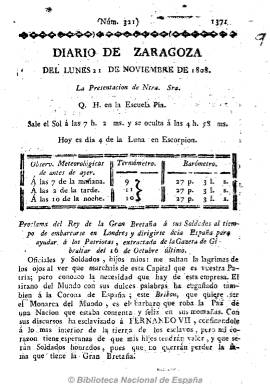
Título: Diario de Zaragoza
Otros títulos: Diario constitucional de Zaragoza
Colección: Periódicos anteriores a 1850
Ámbito geográfico: Zaragoza
Lugar de publicación: Zaragoza
Fechas: 21/11/1808-21/11/1808

La BNE dispone de un único número, correspondiente al 21 de noviembre de 1808, de este diario que comenzó a publicarse el 22 de enero de 1797, y que tras algunos periodos en los que no pudo ser editado, llegó hasta 31 de julio de 1909.

Este ejemplar, de carácter patriótico y estampado en la imprenta de Alcrudo, es de dos hojas y paginación continuada, por lo que permitía su encuadernación en tomos semestrales. Tras informar bajo la cabecera del santoral y la información meteorológica, como era habitual en los diarios de la época, contiene la “Proclama del Rey de Gan Bretaña a sus soldados al tiempo de embarcarse en Londres y dirigirse ácia España… extractada de la Gazeta de Gibraltar del 16 de Octubre último”. Incluye también noticias particulares y avisos de Zaragoza, notas agrícolas, anuncios, etc.

Durante la Guerra de Independencia, Diario de Zaragoza es dirigido y redactado por el jurisconsulto y periodista Joaquín Ecriche y Martín (1784-1847), que a la sazón era secretario de la Junta de Armamento y Defensa de Aragón, y quien posteriormente será uno de tantos exiliados políticos españoles.

El levantamiento popular contra las tropas napoleónicas se había producido en la capital aragonesa el 24 de mayo de 1808 y el Diario… dejará de editarse desde febrero de 1809 a julio de 1813, periodo en que dicho ejército tenía tomada la ciudad.